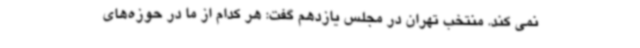
نمی کند. منتخب تهران در مجلس یازدهم گفت: هر کدام از ما در حوزه‌های